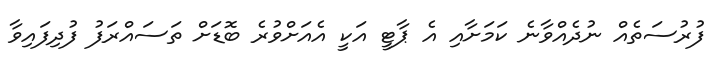
ފުރުސަތެއް ނުދެއްވާނެ ކަމަށާއި އެ ޕާޓީ އަކީ އެއަށްވުރެ ބޮޑަށް ތަސައްރަފު ފުދިފައިވާ